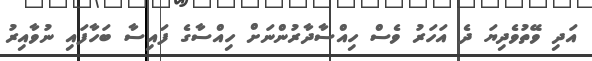
އަދި ވޭތުވެދިޔަ ދެ އަހަރު ވެސް ހިއްސާދާރުންނަށް ހިއްސާގެ ފައިސާ ބަހާފައި ނުވާއިރު